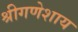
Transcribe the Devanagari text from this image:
श्रीगणेशाय